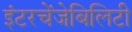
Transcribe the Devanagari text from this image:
इंटरचेंजेबिलिटी